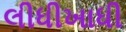
લીધીખાધી